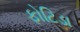
ફોટિડા